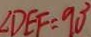
\angle D E F = 9 0 ^ { \circ }